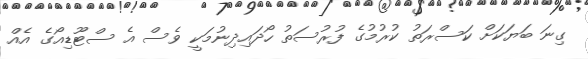
ގިނަ ބަޔަކަށް ކަސްރަތު ކުރުމުގެ ފުރުސަތު ހޯދައިދިނުމަކީ ވެސް އެ ސްޓޫޑިއޯގެ އެއް